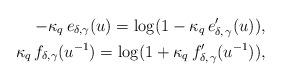
LaTeX: \begin{align*}- \kappa_q \, e_{\delta, \gamma}(u) = \log(1 - \kappa_q \, e'_{\delta, \, \gamma}(u)), \\\kappa_q \, f_{\delta, \gamma}(u^{-1}) = \log(1 + \kappa_q \, f'_{\delta, \, \gamma}(u^{-1})), \end{align*}